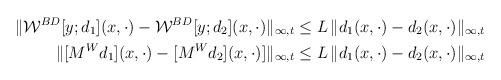
LaTeX: \begin{align*}\|\mathcal{W}^{BD}[y;d_1](x,\cdot) - \mathcal{W}^{BD}[y;d_2](x,\cdot)\|_{\infty,t}\le L\,\|d_1(x,\cdot) - d_2(x,\cdot)\|_{\infty,t}\\\|[M^W d_1](x,\cdot) - [M^Wd_2](x,\cdot)]\|_{\infty,t}\le L\,\|d_1(x,\cdot) - d_2(x,\cdot)\|_{\infty,t}\end{align*}